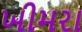
ખીમરા